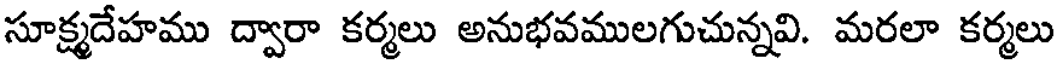
సూక్ష్మదేహము ద్వారా కర్మలు అనుభవములగుచున్నవి. మరలా కర్మలు